Lunatic asylums in Bengal annual reports 1912-1924 - 1912-1924
Year: 1912
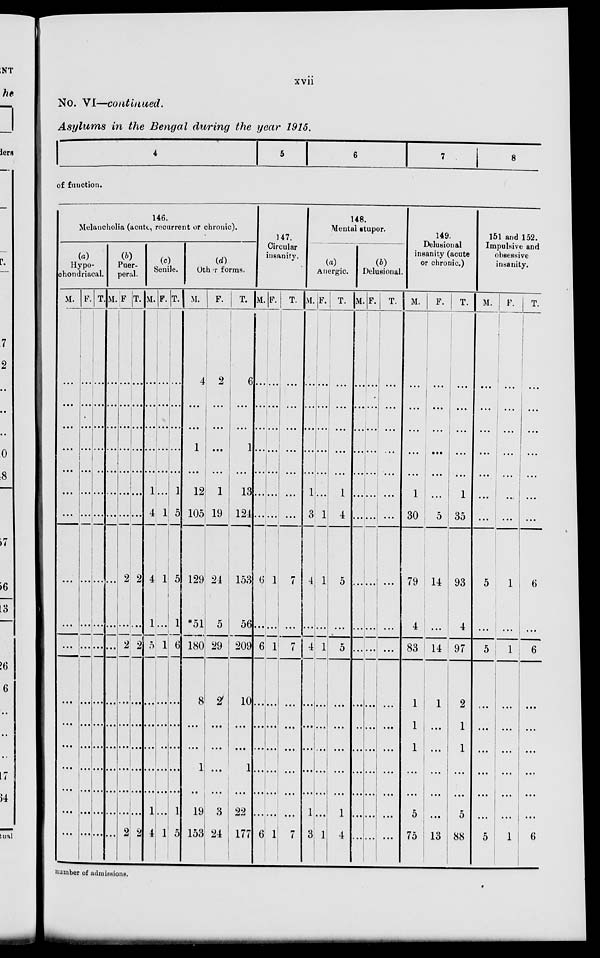
xvii
No. VI—continued.
Asylums in the Bengal during the year 1915.
4
5
6
7
8
of function.
146.
Melancholia (acute, recurrent or chronic).
(a)
Hypo-
chondriacal.
M.
...
...
...
...
...
...
...
...
...
...
...
...
...
...
...
...
...
F.
...
...
...
...
...
...
...
...
...
...
...
...
...
...
...
...
...
T.
...
...
...
...
...
...
...
...
...
...
...
...
...
...
...
...
...
(b)
Puer-
peral.
M.
...
...
...
...
...
...
...
...
...
...
...
...
...
...
...
...
...
F
...
...
...
...
...
...
...
2
...
2
...
...
...
...
...
...
2
T.
...
...
...
...
...
...
...
2
...
2
...
...
...
...
...
...
2
(c)
Senile.
M.
...
...
...
...
...
1
4
4
1
5
...
...
...
...
...
1
4
F.
...
...
...
...
...
...
1
1
...
1
...
...
...
...
...
...
1
T.
...
...
...
...
...
1
5
5
1
6
...
...
...
...
...
1
5
(d)
Other forms.
M.
4
...
...
1
...
12
105
129
*51
180
8
...
...
1
...
19
153
F.
2
...
...
...
...
1
19
24
5
29
2
...
...
...
...
3
24
T.
6
...
...
1
...
13
121
153
56
209
10
...
...
1
...
22
177
147.
Circular
insanity.
M.
...
...
...
...
...
...
...
6
...
6
...
...
...
...
...
...
6
F.
...
...
...
...
...
...
...
1
...
1
...
...
...
...
...
...
1
T.
...
...
...
...
...
...
...
7
...
7
...
...
...
...
...
...
7
148.
Mental stupor.
(a)
Anergic.
M.
...
...
...
...
...
1
3
4
...
4
...
...
...
...
...
1
3
F.
...
...
...
...
...
...
1
1
...
1
...
...
...
...
...
...
1
T.
...
...
...
...
...
1
4
5
...
5
...
...
...
...
...
1
4
(b)
Delusional.
M.
...
...
...
...
...
...
...
...
...
...
...
...
...
...
...
...
...
F.
...
...
...
...
...
...
...
...
...
...
...
...
...
...
...
...
...
T.
...
...
...
...
...
...
...
...
...
...
...
...
...
...
...
...
...
149.
Delusional
insanity (acute
or chronic.)
M.
...
...
...
...
...
1
30
79
4
83
1
1
1
...
...
5
75
F.
...
...
...
...
...
...
5
14
...
14
1
...
...
...
...
...
13
T.
...
...
...
...
...
1
35
93
4
97
2
1
1
...
...
5
88
151 and 152.
Impulsive and
obsessive
insanity.
M.
...
...
...
...
...
...
...
5
...
5
...
...
...
...
...
...
5
F.
...
...
...
...
...
...
...
1
...
1
...
...
...
...
...
...
1
T.
...
...
...
...
...
...
...
6
...
6
...
...
...
...
...
...
6
number of admissions.